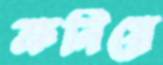
ক্রনিয়ে